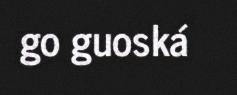
go guoská